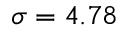
\sigma = 4 . 7 8